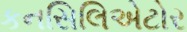
કનસિલિએટોર